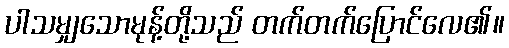
ပါသမျှသောမုန့်တို့သည် တက်တက်ပြောင်လေ၏။